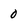
Character: 0